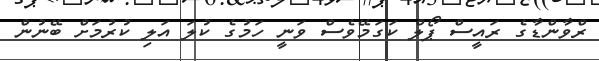
ރްވާންޑާގެ ރައީސް ޕޯލް ކަގަމޭވެސް ވަނީ ހަމުގެ ކުލަ އަލި ކުރުމަށް ބޭނުން